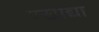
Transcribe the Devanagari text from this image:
ण्खाद्या